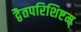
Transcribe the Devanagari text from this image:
द्वैतपरिशिष्टम्